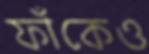
ফাঁকেও